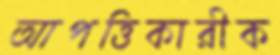
আপত্তিকারীক